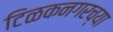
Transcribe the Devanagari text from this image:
टिळकनगरच्या